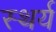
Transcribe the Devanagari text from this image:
स्थर्य